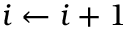
i \gets i + 1